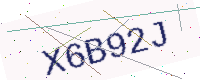
Text: X6B92J